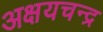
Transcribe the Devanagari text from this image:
अक्षयचन्द्र